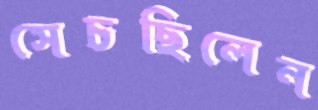
সেচছিলেন